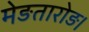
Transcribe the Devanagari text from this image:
मेङतारोङ।